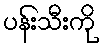
ပန်းသီးကို